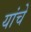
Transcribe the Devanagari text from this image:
यांचेे